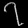
Digit: ၇